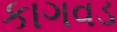
કાગવડ